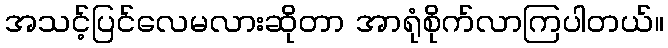
အသင့်ပြင်လေမလားဆိုတာ အာရုံစိုက်လာကြပါတယ်။